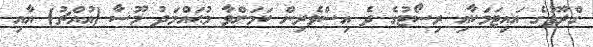
ގްރޫޕުގެ އައިޓަމަކާއި ރިސޯޓުގެ ދެ އިސްވެރިން ކަމަށްވާ މުޙައްމަދު މޫސާ (އުއްޗު) އާއި